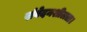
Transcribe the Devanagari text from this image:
संवेदनशीलता।